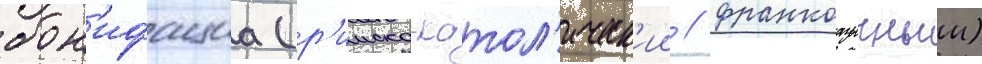
бон'ифациа (р'имско-катол'ическ'ии / франкоазычныи)